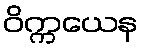
ဝိက္ကယေန